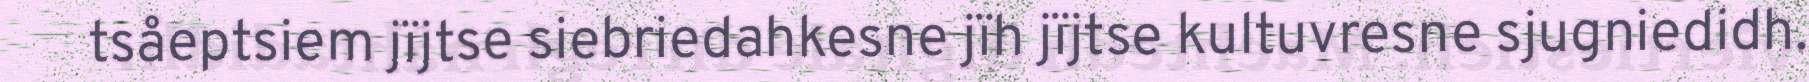
tsåeptsiem jïjtse siebriedahkesne jïh jïjtse kultuvresne sjugniedidh.